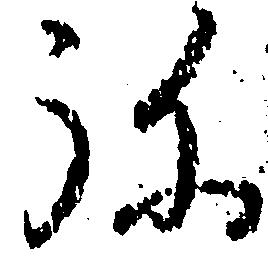
弥